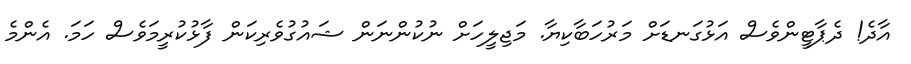
އާދެ! ދެޕާޓީންވެސް އަޅުގަނޑަށް މަރުހަބާކިޔާ. މަޖިލީހަށް ނުކުންނަން ޝައުގުވެރިކަން ފާޅުކުރީމަވެސް ހަމަ. އެންމެ